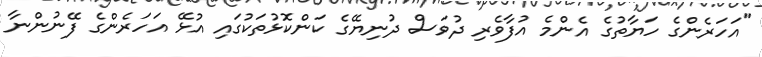
"އަހަރެންގެ ހަޔާތުގެ އެންމެ އުފާވެރި ދުވަސް ދުނިޔޭގެ ކަންކޮޅުތަކުގައި އުޅޭ އަހަރެންގެ ފޭނުންނާ